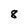
Character: 8